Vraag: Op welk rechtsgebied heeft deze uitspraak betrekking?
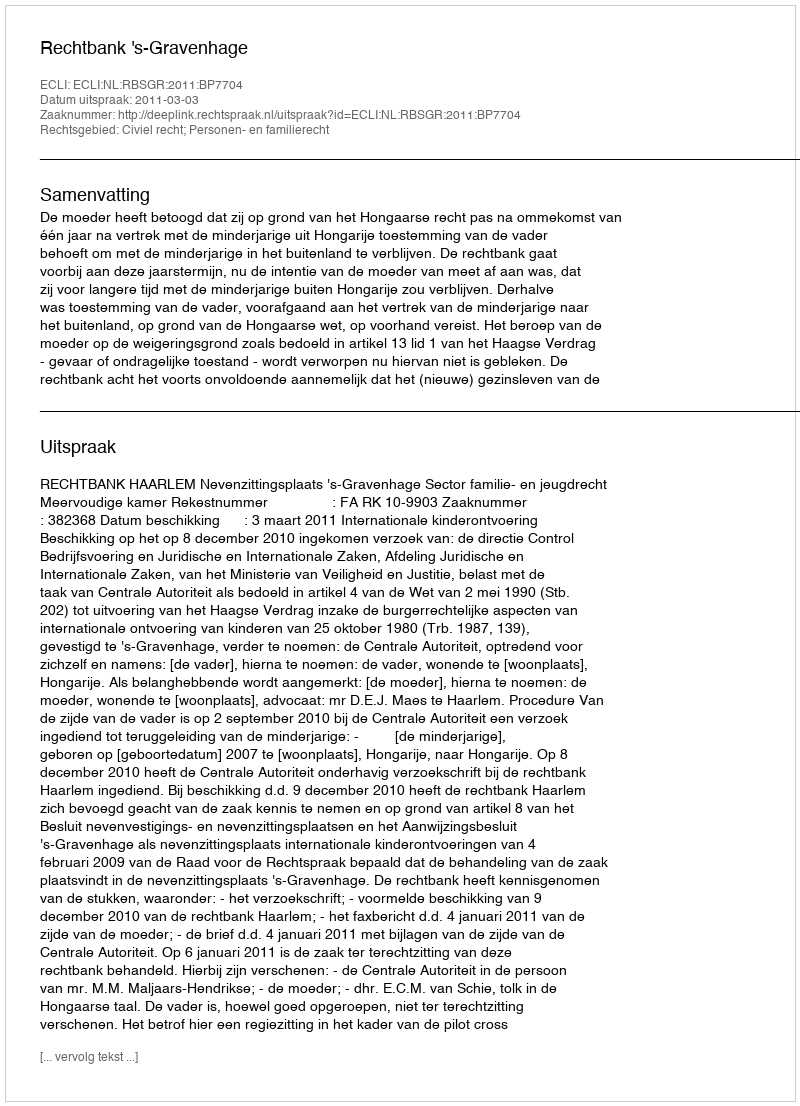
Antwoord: Civiel recht; Personen- en familierecht